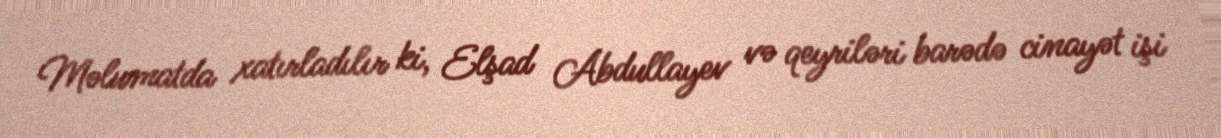
Məlumatda xatırladılır ki, Elşad Abdullayev və qeyriləri barədə cinayət işi